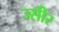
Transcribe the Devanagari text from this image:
ज्सीर